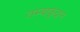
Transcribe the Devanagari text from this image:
तम्बाकूदान